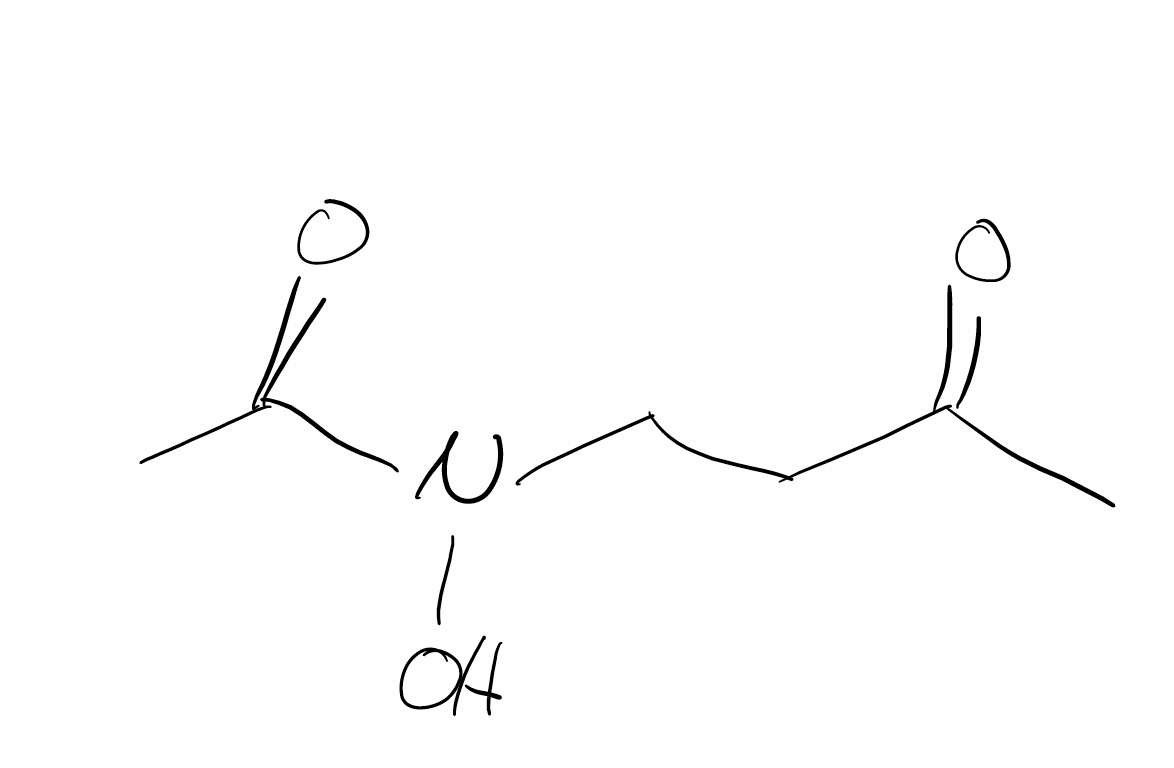
Simplified molecular-input line-entry system (SMILES) notation of the given molecule:
CC(=O)CCN(C(=O)C)O